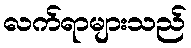
လက်ရာများသည်